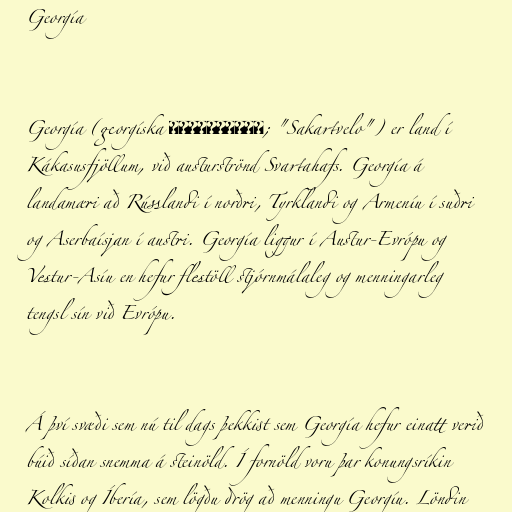
Georgía

Georgía (georgíska საქართველო; "Sakartvelo") er land í
Kákasusfjöllum, við austurströnd Svartahafs. Georgía á
landamæri að Rússlandi í norðri, Tyrklandi og Armeníu í suðri
og Aserbaísjan í austri. Georgía liggur í Austur-Evrópu og
Vestur-Asíu en hefur flestöll stjórnmálaleg og menningarleg
tengsl sín við Evrópu.

Á því svæði sem nú til dags þekkist sem Georgía hefur einatt verið
búið síðan snemma á steinöld. Í fornöld voru þar konungsríkin
Kolkis og Íbería, sem lögðu drög að menningu Georgíu. Löndin